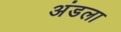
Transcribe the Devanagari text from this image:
अंडला